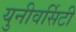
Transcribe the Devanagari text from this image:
युनीवर्सिटी